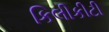
કિલીકીટી